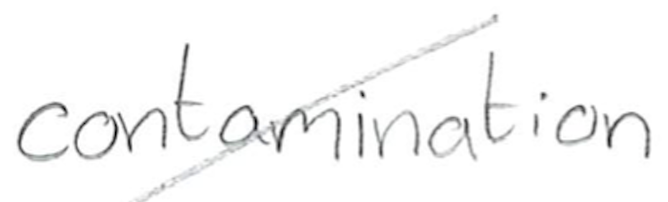
Text: contamination
Cross-out: diagonal
Writing tool: pencil